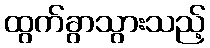
ထွက်ခွာသွားသည့်